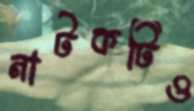
নাটকটিও